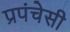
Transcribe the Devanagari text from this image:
प्रपंचेसी